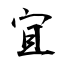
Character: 宜